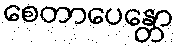
စေတာပေန္တော